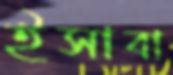
ইসাবা